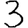
Digit: 3